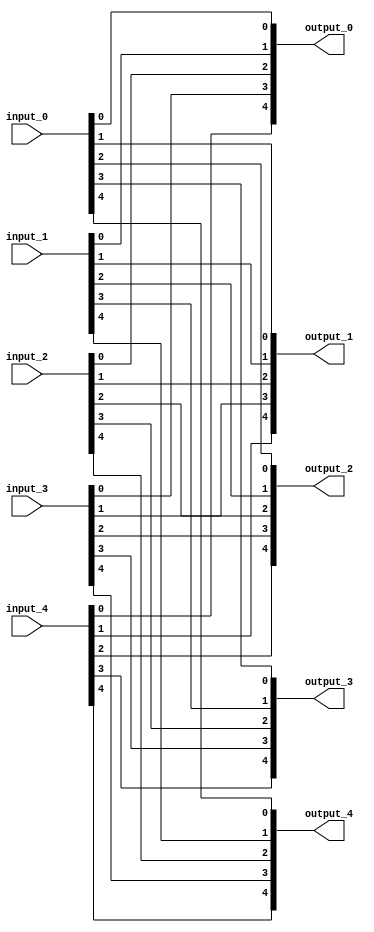
/****************************************************************************
 *   Copyright (c) 2023 Wenxu Cao
 *  
 *   Institution:      UESTC
 *   Version:          1.0
 *   Description:      This is a matrix transpose unit.
 *
*****************************************************************************/

module transpose_5(
    input       wire        [4 : 0]        input_0,
    input       wire        [4 : 0]        input_1,
    input       wire        [4 : 0]        input_2,
    input       wire        [4 : 0]        input_3,
    input       wire        [4 : 0]        input_4,

    output      wire        [4 : 0]        output_0,
    output      wire        [4 : 0]        output_1,
    output      wire        [4 : 0]        output_2,
    output      wire        [4 : 0]        output_3,
    output      wire        [4 : 0]        output_4
);

assign output_0 = {
    input_4[0],
    input_3[0],
    input_2[0],
    input_1[0],
    input_0[0]
};

assign output_1 = {
    input_4[1],
    input_3[1],
    input_2[1],
    input_1[1],
    input_0[1]
};

assign output_2 = {
    input_4[2],
    input_3[2],
    input_2[2],
    input_1[2],
    input_0[2]
};

assign output_3 = {
    input_4[3],
    input_3[3],
    input_2[3],
    input_1[3],
    input_0[3]
};

assign output_4 = {
    input_4[4],
    input_3[4],
    input_2[4],
    input_1[4],
    input_0[4]
};

endmodule